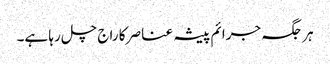
ہر جگہ جرائم پیشہ عناصر کا راج چل رہا ہے۔